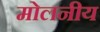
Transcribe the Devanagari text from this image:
मोलनीय